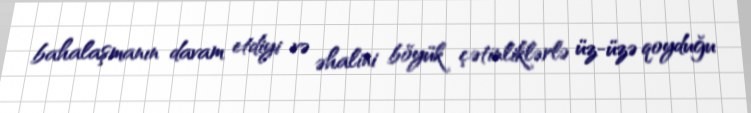
bahalaşmanın davam etdiyi və əhalini böyük çətinliklərlə üz-üzə qoyduğu